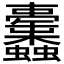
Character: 𧖚